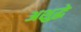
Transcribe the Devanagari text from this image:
अशुद्धे